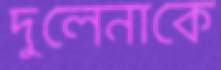
দুলেনাকে